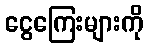
ငွေကြေးများကို